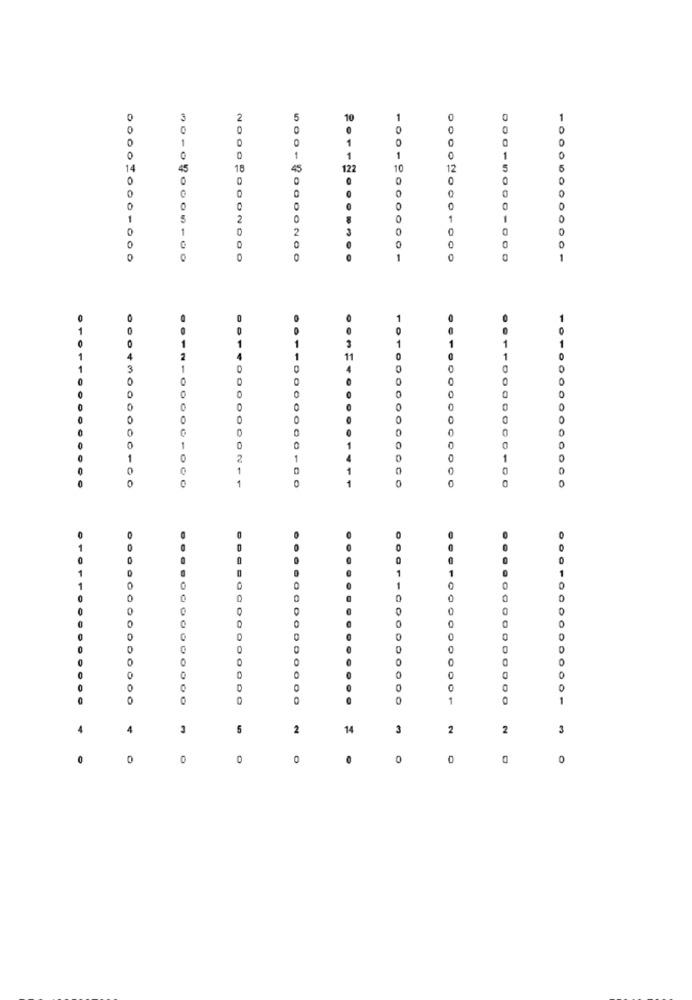
2
5
1
NOO
0
1
0
14
18
2 0 112
1C
12
5
0
......
0
0
2
1
D
LOGOON
0
0
0
O
1
1
3
11
043
4
0
0
O
0
0
0
2
0
0
0
1
0
0
0
.... 0000000000
0
1
4
4
5
2
14
3
2
2
3
0
O
O
0
0
0